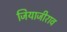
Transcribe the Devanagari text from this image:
जियाजीराव